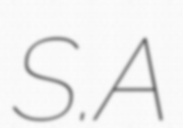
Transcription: S.A